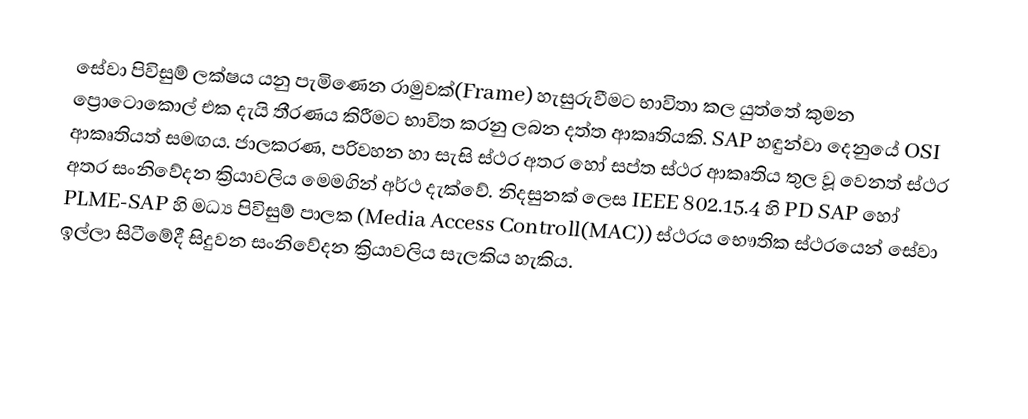
සේවා පිවිසුම් ලක්ෂය යනු පැමිණෙන රාමුවක්(Frame) හැසුරුවීමට භාවිතා කල යුත්තේ කුමන ප්‍රොටොකොල් එක දැයි තීරණය කිරීමට භාවිත කරනු ලබන දත්ත  ආකෘතියකි. SAP හඳුන්වා දෙනුයේ OSI ආකෘතියත් සමඟය. ජාලකරණ, පරිවහන හා සැසි ස්ථර අතර හෝ සප්ත ස්ථර ආකෘතිය තුල වූ වෙනත් ස්ථර අතර සංනිවේදන ක්‍රියාවලිය මෙමගින් අර්ථ දැක්වේ. නිදසුනක් ලෙස IEEE 802.15.4 හි PD SAP හෝ PLME-SAP හි මධ්‍ය පිවිසුම් පාලක (Media Access Controll(MAC)) ස්ථරය භෞතික ස්ථරයෙන් සේවා ඉල්ලා සිටීමේදී සිදුවන සංනිවේදන ක්‍රියාවලිය සැලකිය හැකිය.